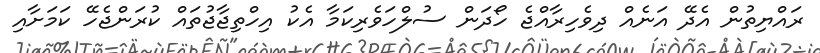
ރައްޔިތުން އެދޭ އަނެއް ދިވެހިރާއްޖެ ހޯދަން ސުލްހަވެރިކަމާ އެކު އިހްތިޖާޖުތައް ކުރަންޖެހޭ ކަމަށާއި